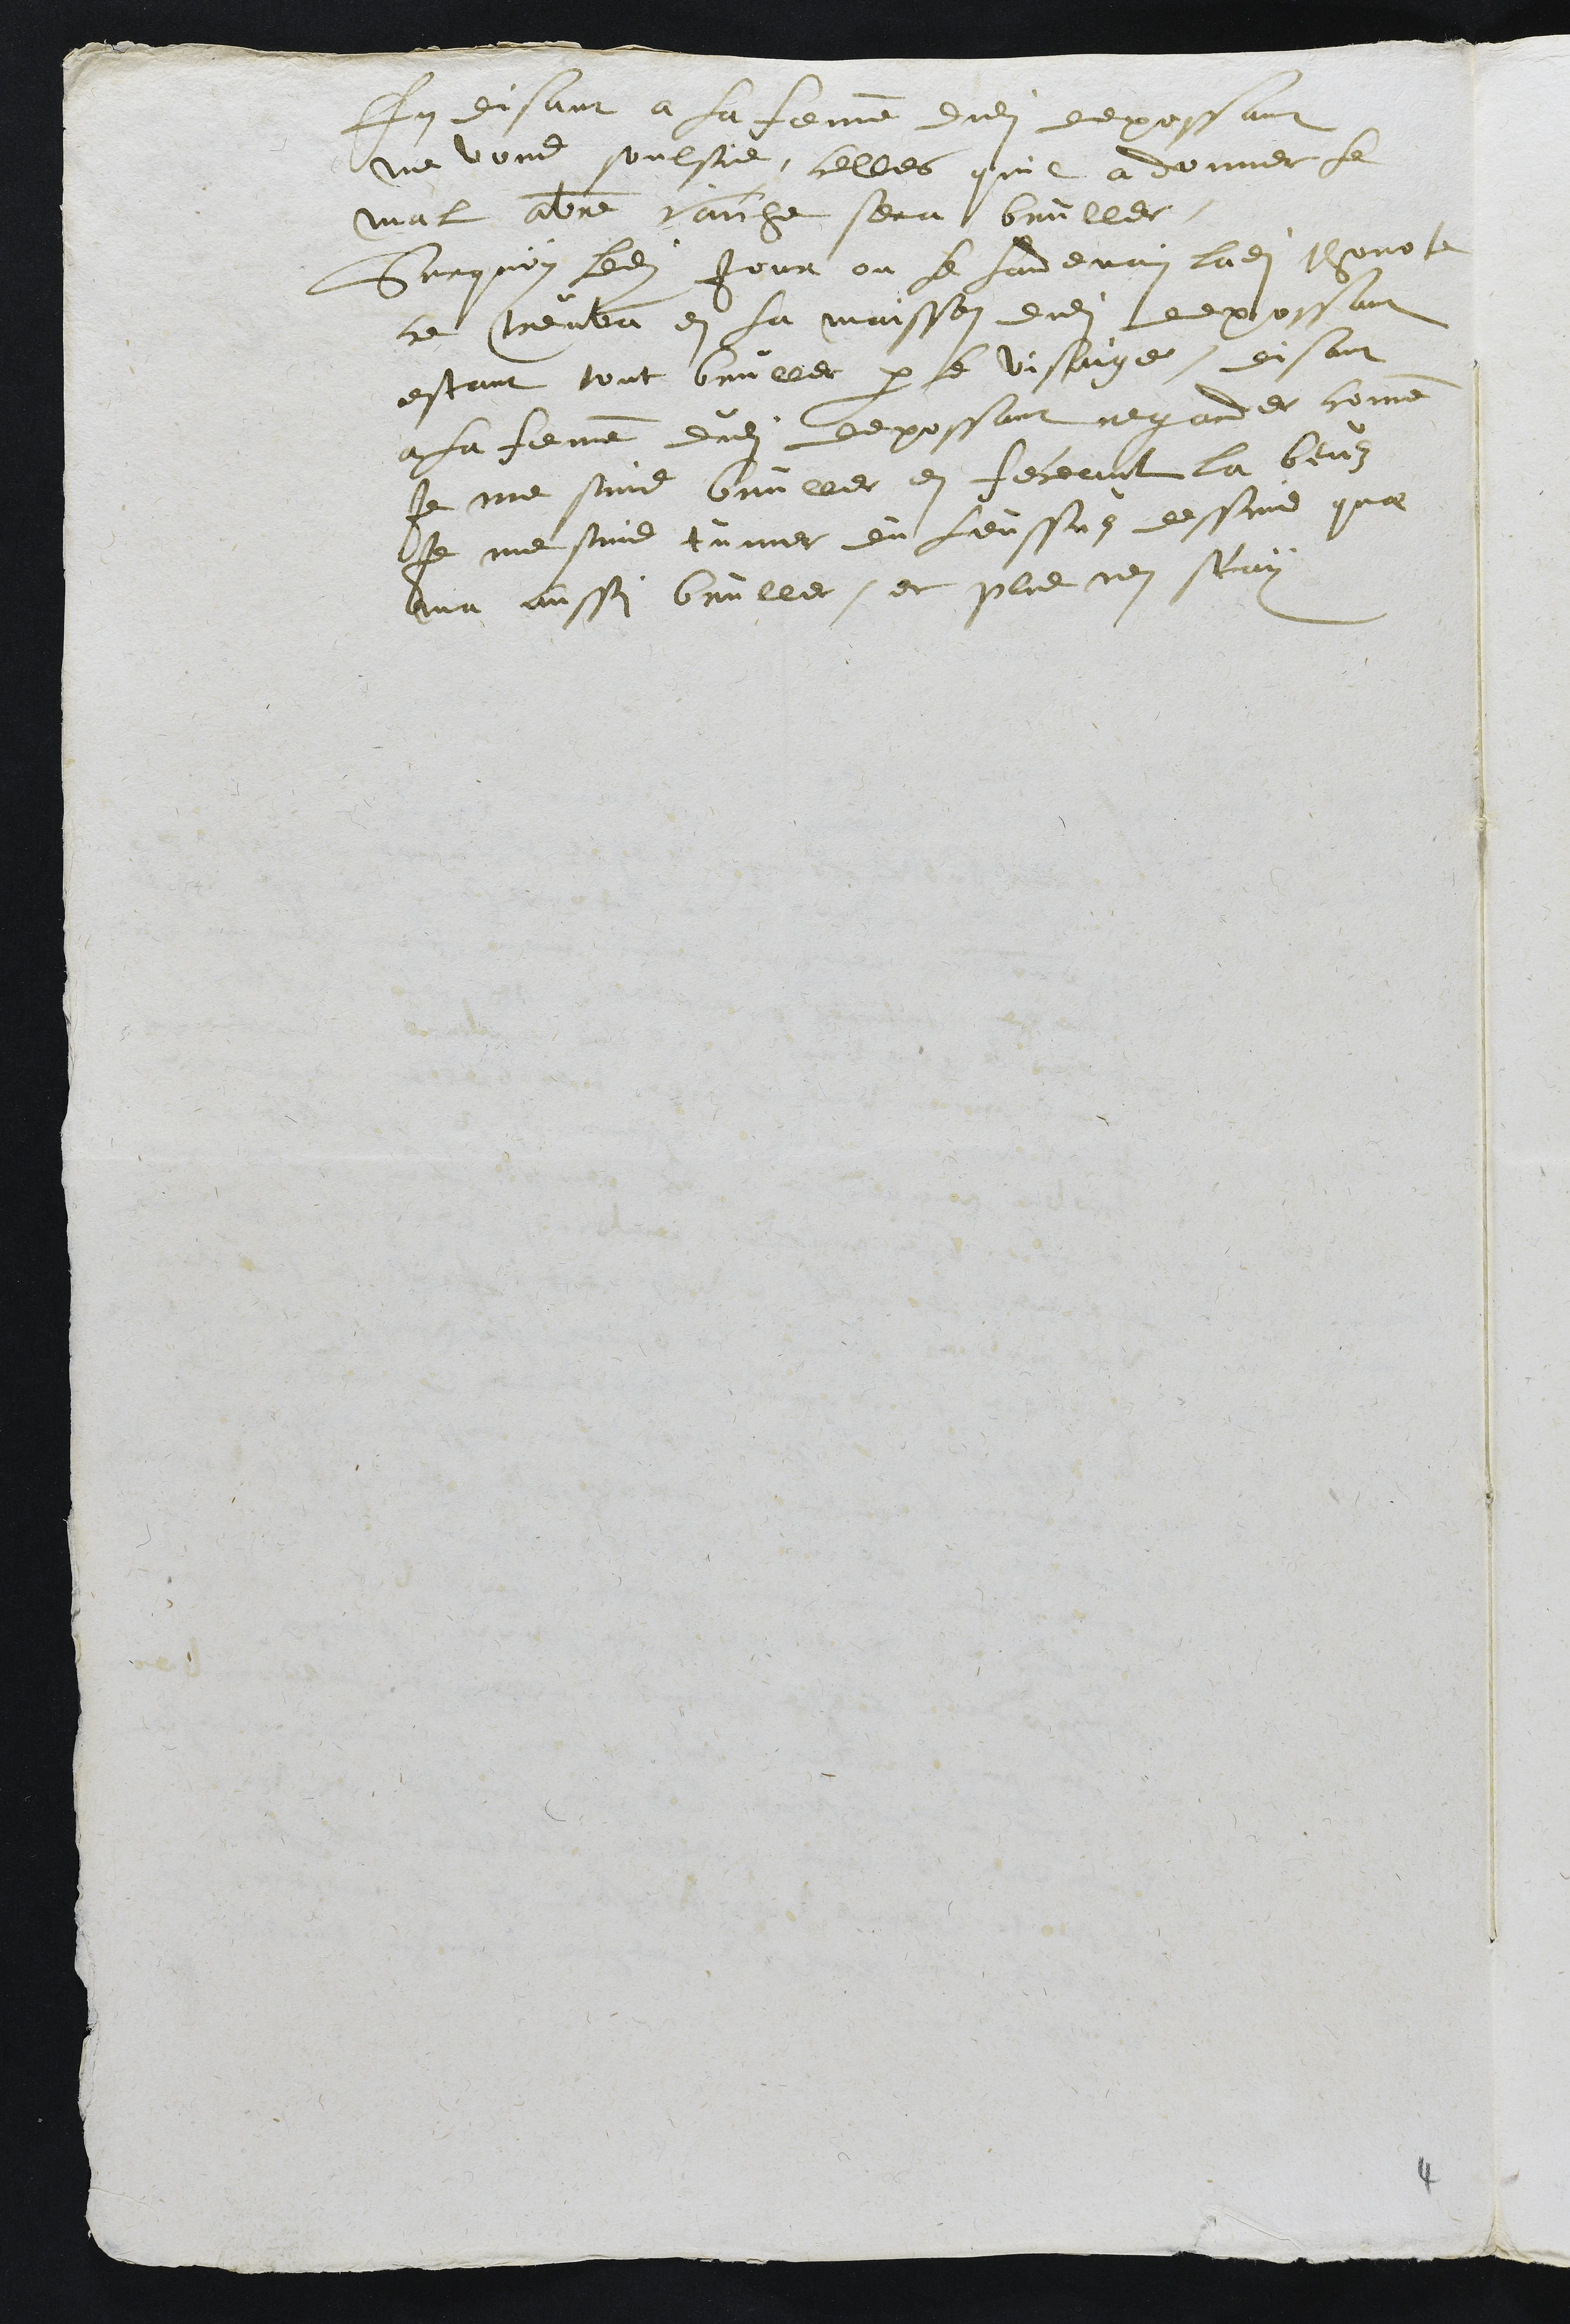
En disant a la femme dudit depossant
ne vous soulsie, celles quil a donner le
mal avotre vaiche sera bruller.
Surquoy ledit jour ou le landemain ladite thonote
ce treuva en la maisson dudit depossant
estant tout bruller par le visaige, disant
a la femme dudit depossant regarder comme
Je me suis bruller en feceant la beuz
je me suis tumer du leussus dessus quat
ma aussi bruller, et plus nen scay

4